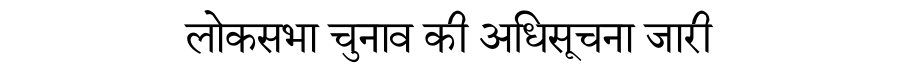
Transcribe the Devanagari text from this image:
लोकसभा चुनाव की अधिसूचना जारी